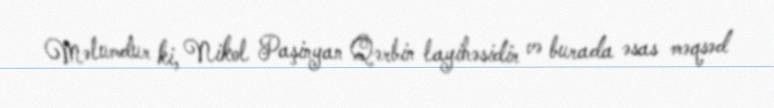
Məlumdur ki, Nikol Paşinyan Qərbin layihəsidir və burada əsas məqsəd